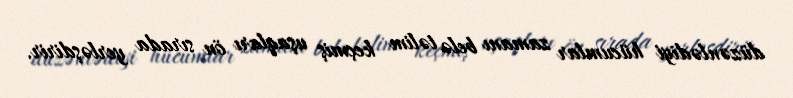
düzənlədiyi hücumlar zamanı belə təlim keçmiş uşaqları ön sırada yerləşdirir.